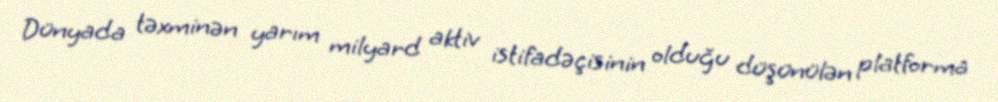
Dünyada təxminən yarım milyard aktiv istifadəçisinin olduğu düşünülən platforma